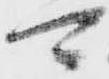
可